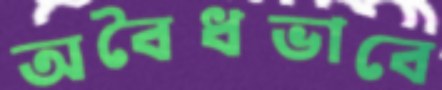
অবৈধভাবে